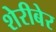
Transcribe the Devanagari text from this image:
शेरीबेर